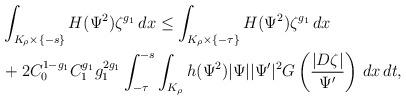
LaTeX: \begin{align*}& \int_{K_{\rho}\times \{-s\}} H(\Psi^2) \zeta^{g_1} \,dx \leq \int_{K_{\rho}\times \{-\tau\}} H(\Psi^2) \zeta^{g_1} \,dx \\&+ 2 C_{0}^{1-g_1} C_{1}^{g_1} g_{1}^{2g_1} \int_{-\tau}^{-s}\int_{K_{\rho}} h(\Psi^2)|\Psi||\Psi'|^2 G\left(\frac{|D\zeta|}{\Psi'}\right) \,dx\,dt,\end{align*}